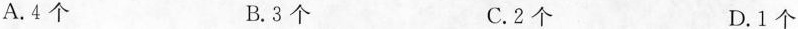
A.4个 B.3个 C.2个 D.1个